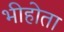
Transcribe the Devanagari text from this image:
भीहोता